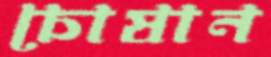
চোষান